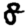
Digit: 8